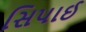
સિપાઈ